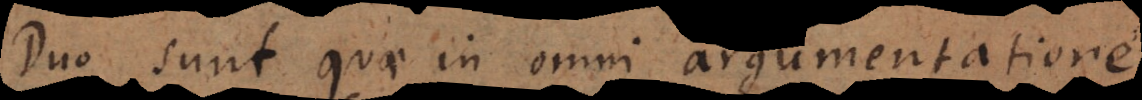
Duo sunt quae in omni argumentatione